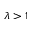
\lambda > 1